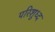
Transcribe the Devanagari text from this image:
परिशुध्द